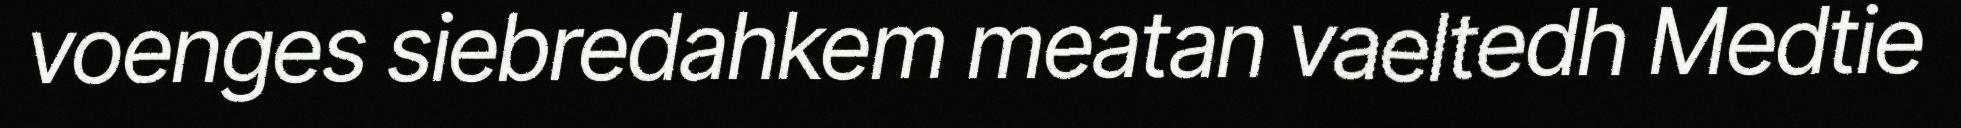
voenges siebredahkem meatan vaeltedh Medtie